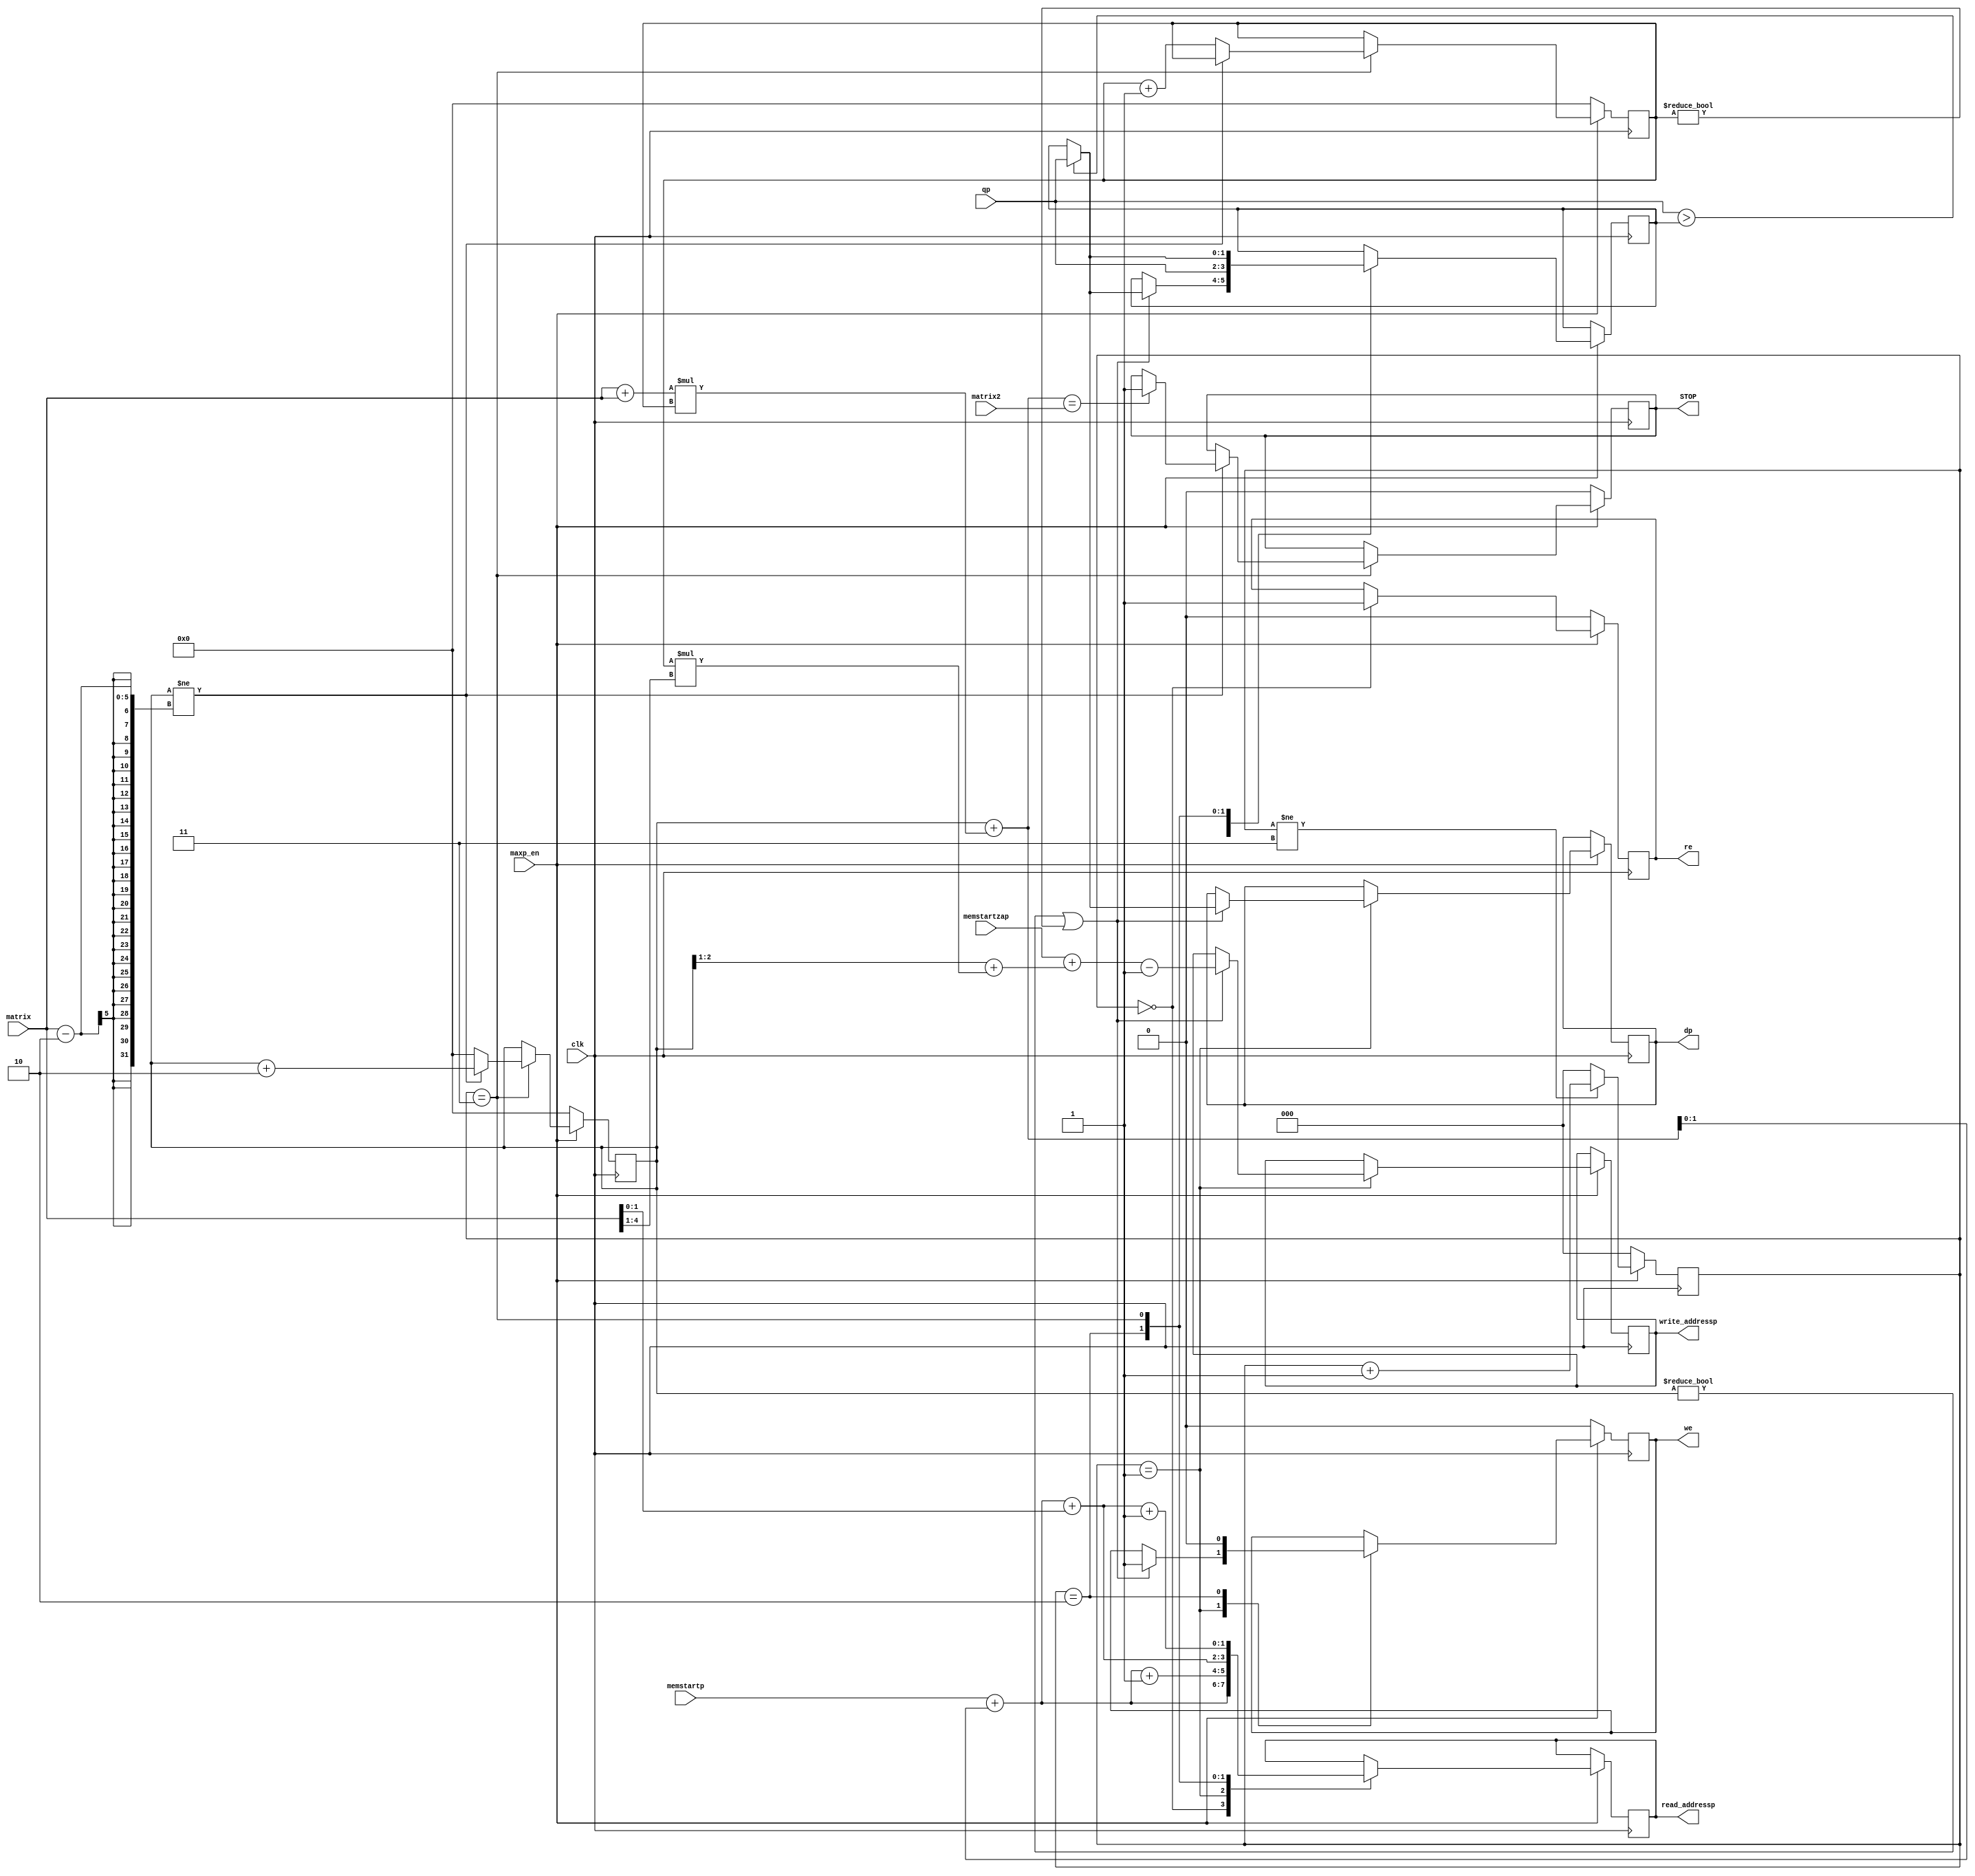
module maxp(clk,maxp_en,memstartp,memstartzap,read_addressp,write_addressp,re,we,qp,dp,STOP,matrix2,matrix);

parameter SIZE_1=0;
parameter SIZE_2=0;
parameter SIZE_3=0;
parameter SIZE_4=0;
parameter SIZE_address_pix=0;

// bc conv v maxpooling s thc hin  step sau 

input clk,maxp_en; // maxpooling enable
output reg STOP; // dng qu trnh
input [SIZE_address_pix-1:0] memstartp,memstartzap; // tng t conv_top, n s i sau khi qua lp conv
output reg [SIZE_address_pix-1:0] read_addressp,write_addressp;
output reg re,we;
input signed [SIZE_1-1:0] qp; //pixel c t ram
output reg signed [SIZE_1-1:0] dp; // pixel ghi vo ram
input [4:0] matrix; // kch thc input
input [9:0] matrix2;

reg [9:0] i;
reg [9:0] j;
reg [SIZE_1-1:0] buff; // buffer lu gi tr max
reg [2:0] marker;// nh du

// case 2: kt thc qu trnh duyt 1 ca s 2x2

wire [9:0] i_wr,i_read;
initial i=0; // th t pixel trong 1  2x2
initial j=0; // th t ca  2x2 
initial marker=0;

always @(posedge clk)
begin
if (maxp_en==1)
    begin
    case (marker) // case tnh ton 2 => 3 => 0 => 1, case 1 s kt thc duyt qua 4 phn t  ly max
        0: begin read_addressp=memstartp+i_read; re=1;
                if ((i!=0)||(j!=0))
                begin
                    if (qp[SIZE_1-1:0]>buff[SIZE_1-1:0]) buff[SIZE_1-1:0]=qp[SIZE_1-1:0];
                end
           end
        1: begin read_addressp=memstartp+i_read+1; // case ghi gi tr ln nht vo mem ca RAM 
                if ((i!=0)||(j!=0))
                begin
                   if (qp[SIZE_1-1:0]>buff[SIZE_1-1:0]) dp[SIZE_1-1:0]=qp[SIZE_1-1:0]; else dp[SIZE_1-1:0]=buff[SIZE_1-1:0];
                   write_addressp=memstartzap+i_wr-1;
                   we=1;
                end
           end
        2: begin read_addressp=memstartp+i_read+matrix; buff=qp; we=0; end //ghi gi tr read_addressp=memstartp+i_read vo buff (ti thi im ny qp mi cp nht d liu ti a ch read_addressp=memstartp+i_read)
        3: begin read_addressp=memstartp+i_read+matrix+1;
                if (qp[SIZE_1-1:0]>buff[SIZE_1-1:0]) buff[SIZE_1-1:0]=qp[SIZE_1-1:0];
                if (i!=matrix-2) begin 
                    i=i+2; 
                    if (i_read==matrix2) STOP=1; // uyt ht tt c cc pixel th dng li qu trnh
                end else 
                begin 
                    i=0; j=j+1;  
                end
           end
        default: $display("Check case MaxPooling");
        endcase
        if (marker!=3) marker=marker+1; else marker=0;    end
else
    begin
        STOP=0;
        re=0;
        we=0;
        i=0;
        j=0;
        marker=0;
    end
end
assign i_wr=(i>>1)+j*(matrix>>1);
assign i_read=i+(matrix+matrix)*j;
endmodule